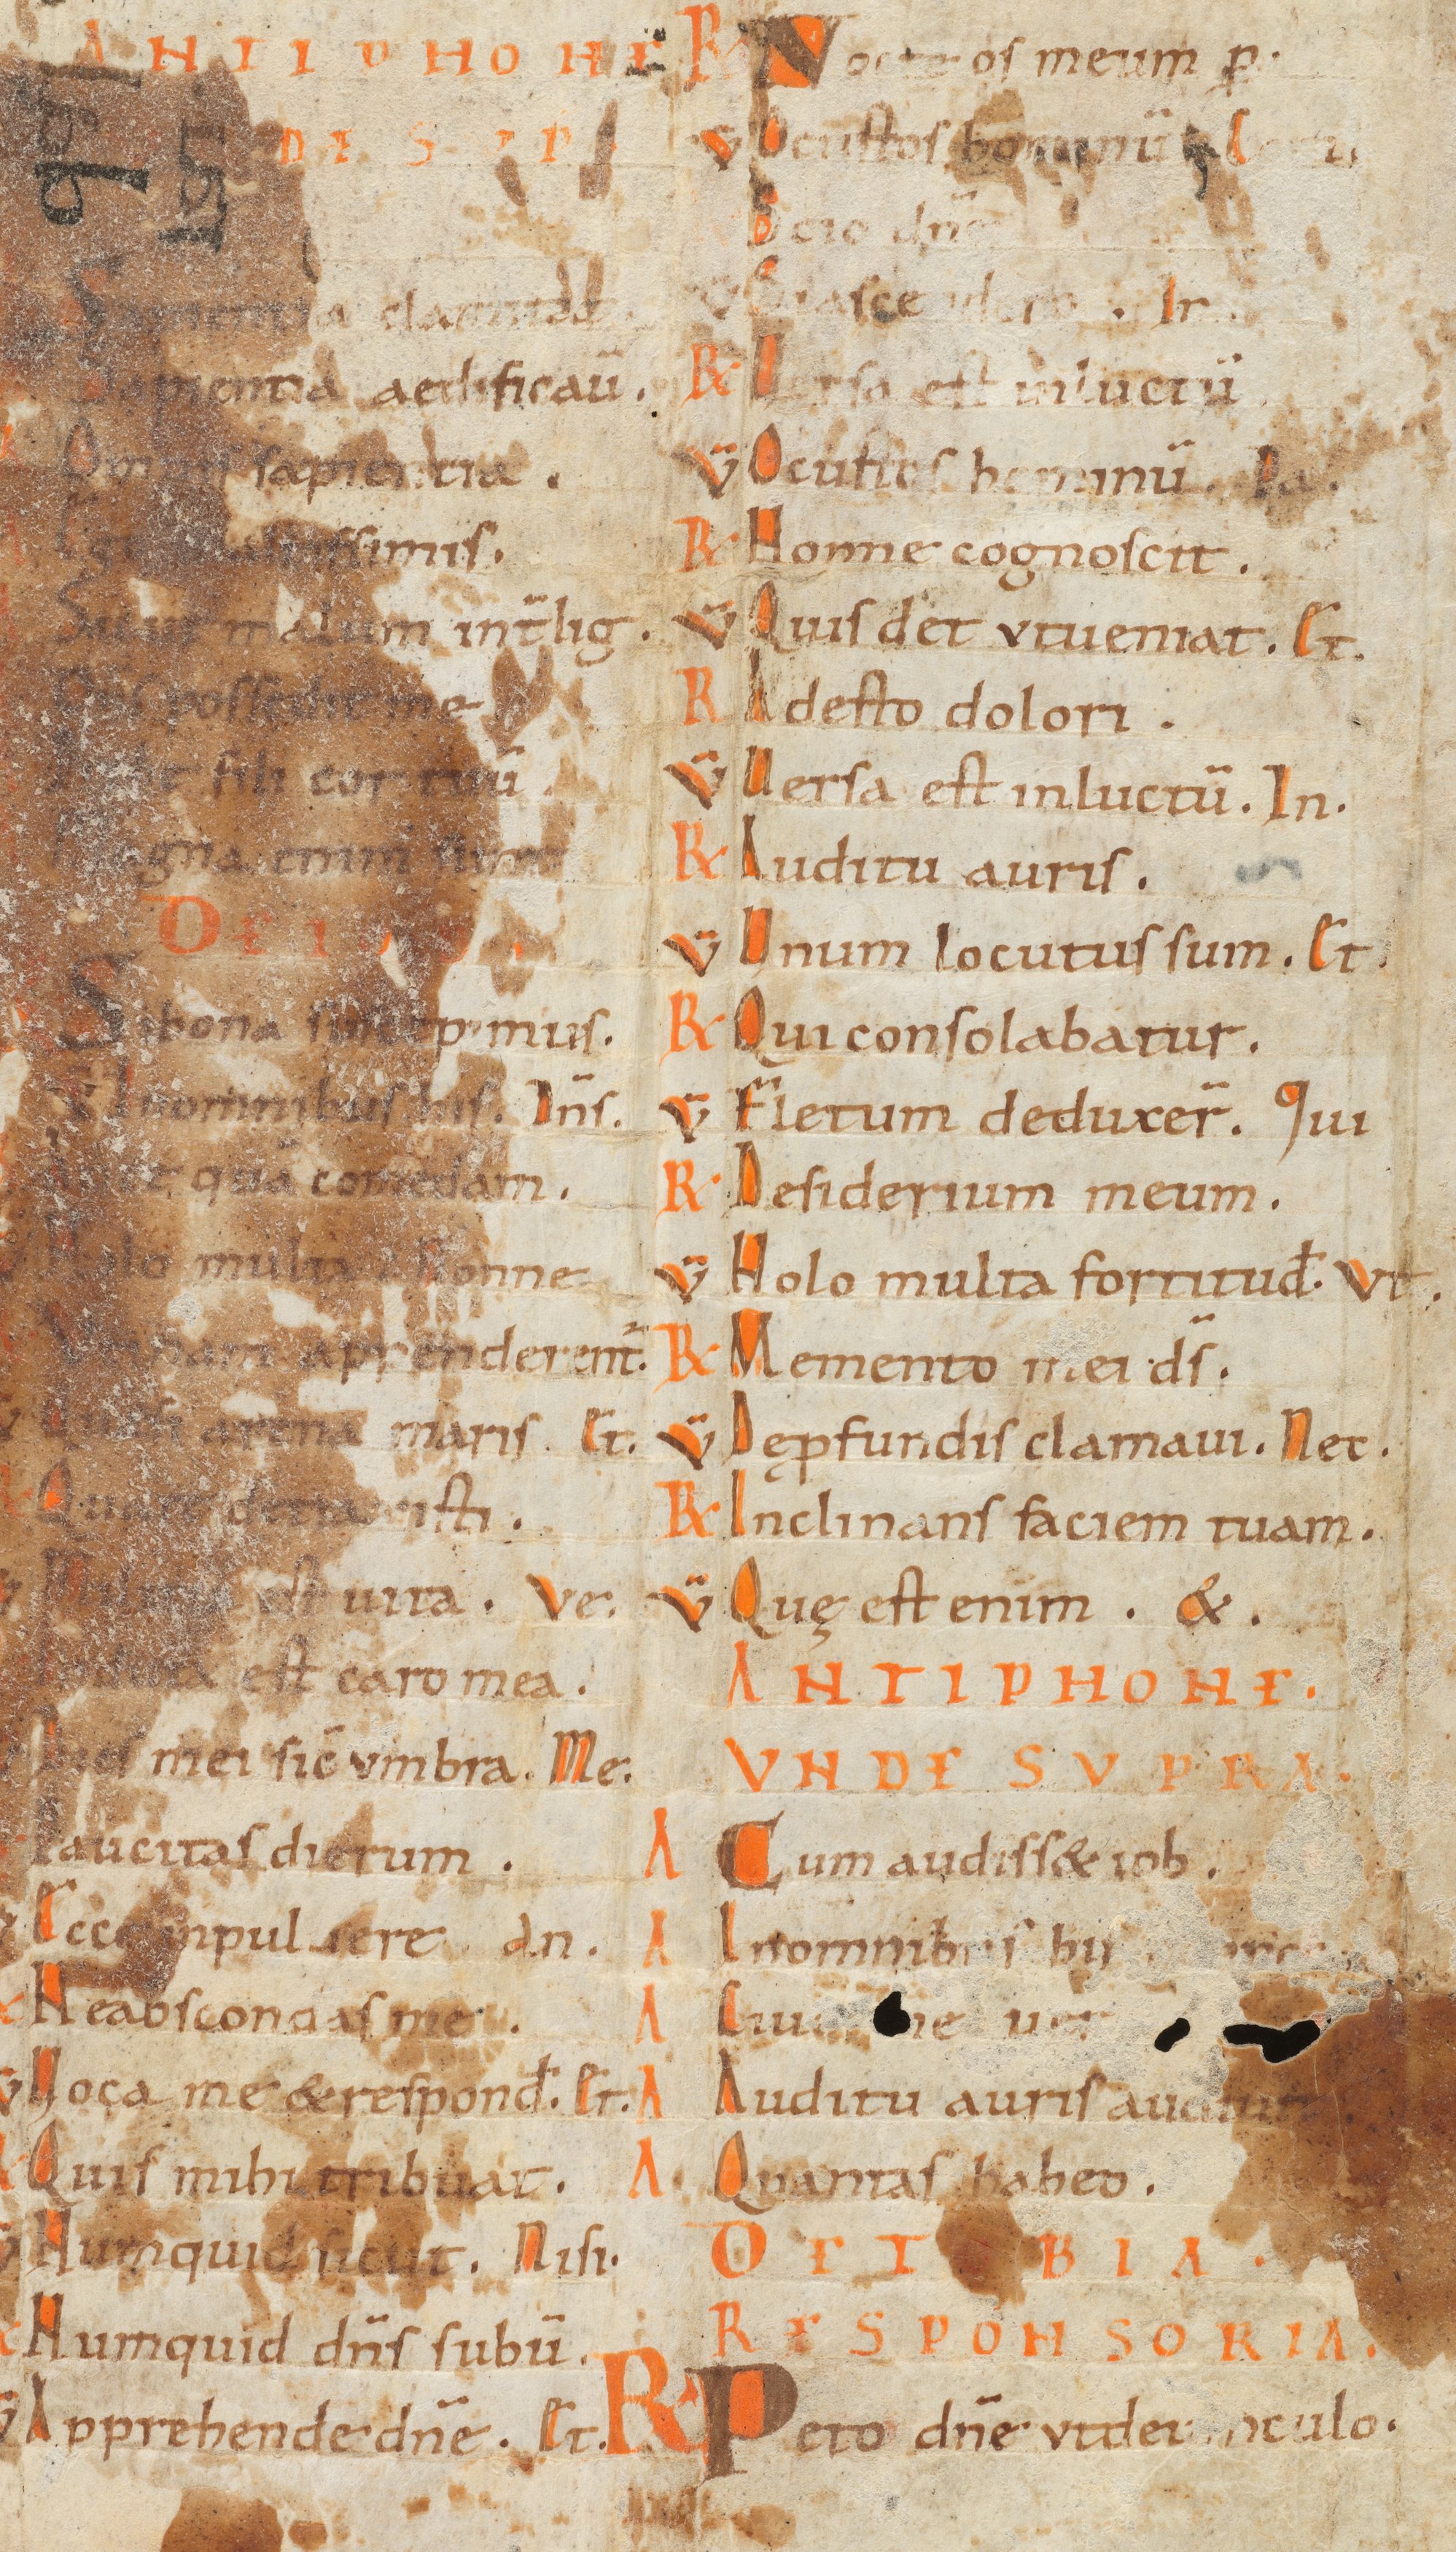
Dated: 800–999